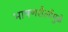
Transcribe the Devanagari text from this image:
भाषणशैलीमुळे